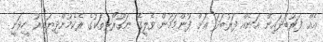
އެއް ފަރުބަދައިން އަނެއް ފަރުބަދަ އަށް ފުންމަމުން ވެލީގެ ނަގޫރޯޅިތަކުގެ ރެކެމުންދިޔައިރު ހީވަނީ